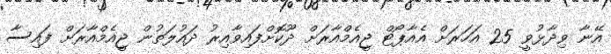
އޭނާ ވިދާޅުވީ 25 އަހަރަށް އެއާޕޯޓް ޖީއެމްއާރަށް ދޫކޮށްފައިވާއިރު ދައުލަތުން ޖީއެމްއާރަށް ފައިސާ